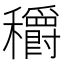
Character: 穱